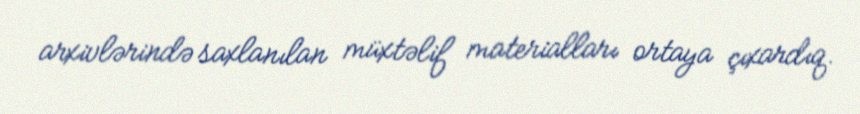
arxivlərində saxlanılan müxtəlif materialları ortaya çıxardıq.